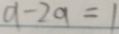
a - 2 a = 1